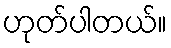
ဟုတ်ပါတယ်။